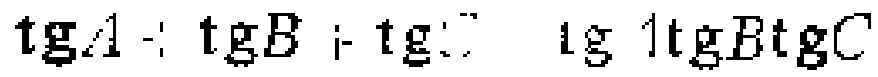
\(\text{tg}A:\text{tg}B:\text{tg}C\ \ \text{tg}A\text{tg}B\text{tg}C\)